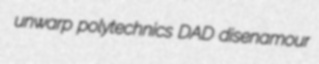
unwarp polytechnics DAD disenamour